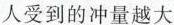
人受到的冲量越大